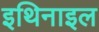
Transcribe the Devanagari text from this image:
इथिनाइल